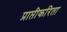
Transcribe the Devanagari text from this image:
प्राप्तीकरिता